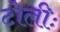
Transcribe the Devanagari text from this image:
टोलीः